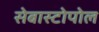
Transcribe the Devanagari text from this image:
सेबास्टोपोल